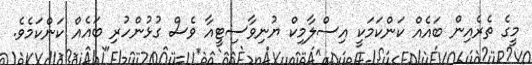
މީގެ ތެރެއިން ބައެއް ކަންކަމަކީ އިސްލާމިކް ޔުނިވާސިޓީއާ ވެސް ގުޅުންހުރި ބައެއް ކަންކަމެވެ.